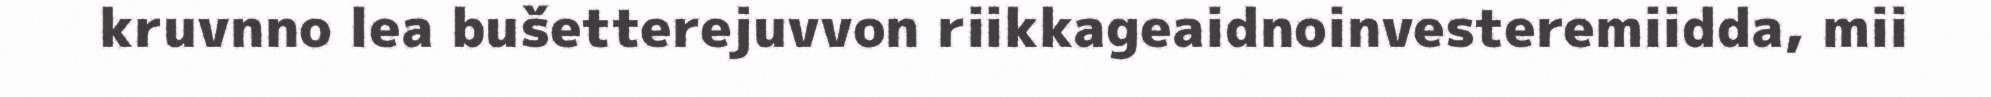
kruvnno lea bušetterejuvvon riikkageaidnoinvesteremiidda, mii